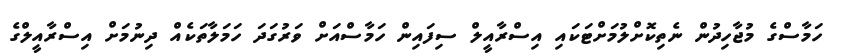
ހަމާސްގެ މުޖާހިދުން ނެތިކޮށްލުމަށްޓަކައި އިސްރާއީލް ސިފައިން ހަމާސްއަށް ވަރުގަދަ ހަމަލާތަކެއް ދިނުމަށް އިސްރާއީލްގެ